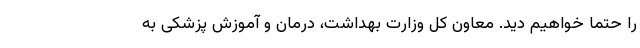
را حتما خواهیم دید. معاون کل وزارت بهداشت، درمان و آموزش پزشکی به